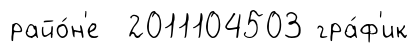
райо́н'е 2011104503 гра́ф'ик